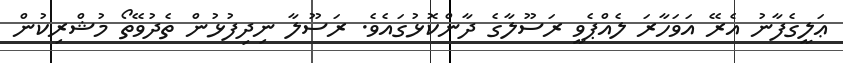
ޢަލީގެފާނު އެރޭ އަވަހާރަ ލެއްޕެވީ ރަސޫލާގެ ދާންކޮޅުގައެވެ. ރަސޫލާ ނިދިފުޅުން ތެދުވޭތޯ މުޝްރިކުން